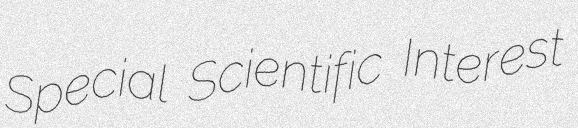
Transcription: Special Scientific Interest